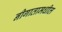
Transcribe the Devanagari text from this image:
नीगातामधील